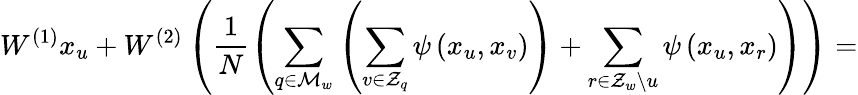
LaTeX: W^{(1)}x_{u}+W^{(2)}\left(\frac{1}{N}\left(\sum_{q\in\mathcal{M}_{w}}\left(\sum_{v\in\mathcal{Z}_{q}}\psi\left(x_{u},x_{v}\right)\right)+\sum_{r\in\mathcal{Z}_{w}\backslash u}\psi\left(x_{u},x_{r}\right)\right)\right)=